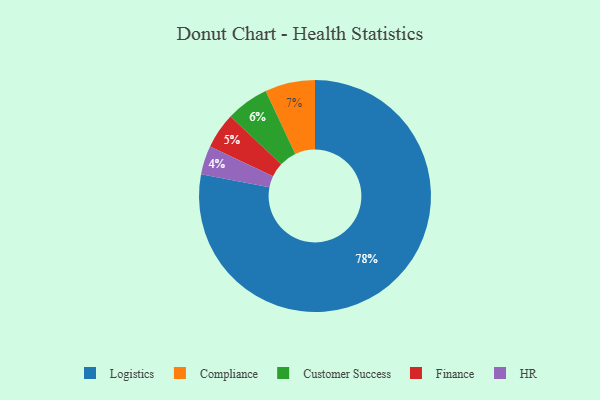
{"axis": {"x": "Category", "y": "Percentage"}, "legend": ["Compliance", "Customer Success", "Finance", "HR", "Logistics"], "data": [{"x": "HR", "y": 4, "type": "HR"}, {"x": "Customer Success", "y": 6, "type": "Customer Success"}, {"x": "Compliance", "y": 7, "type": "Compliance"}, {"x": "Finance", "y": 5, "type": "Finance"}, {"x": "Logistics", "y": 78, "type": "Logistics"}]}